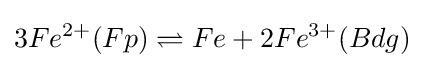
3Fe^{2+}(Fp)\rightleftharpoons Fe+2Fe^{3+}(Bdg)